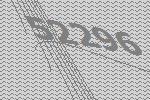
52296